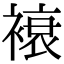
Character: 䙑